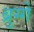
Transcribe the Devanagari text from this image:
ब्रुग्गे